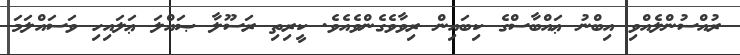
ރުއްސުންލެއްވި އިބްނު ޢައްބާސްގެ ކިބައިން ރިވާވެގެންވެއެވެ. ކީރިތި ރަސޫލާ ޞައްލަ ޢަލައިހި ވަސައްލަމަ